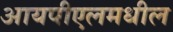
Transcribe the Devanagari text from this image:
आयपीएलमधील